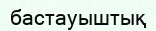
бастауыштық